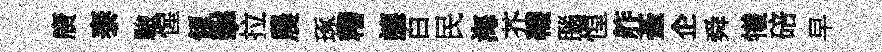
廣泰驗惺傾擊拉農琢糟讓百民海芥韈腦惶舴䑓企舜犧碚早